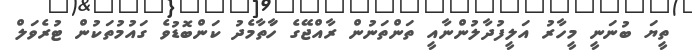
ތީޔަ ބުނަނީ މީހާރު އަލީފުދާލުންނާއީ ތަންތަނުން ރާއްޖޭގެ ހާަތާމެދު ކަންބޮޑުވެ ގައުމުތަކުން ޓުރެވަލް